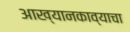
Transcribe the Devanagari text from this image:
आख्यानकाव्याचा